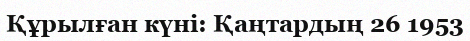
Құрылған күні: Қаңтардың 26 1953